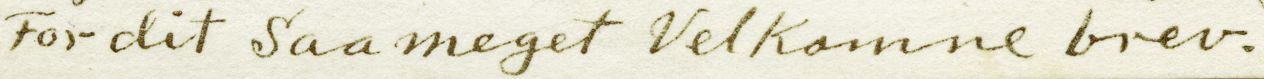
For dit saameget Velkamne brer